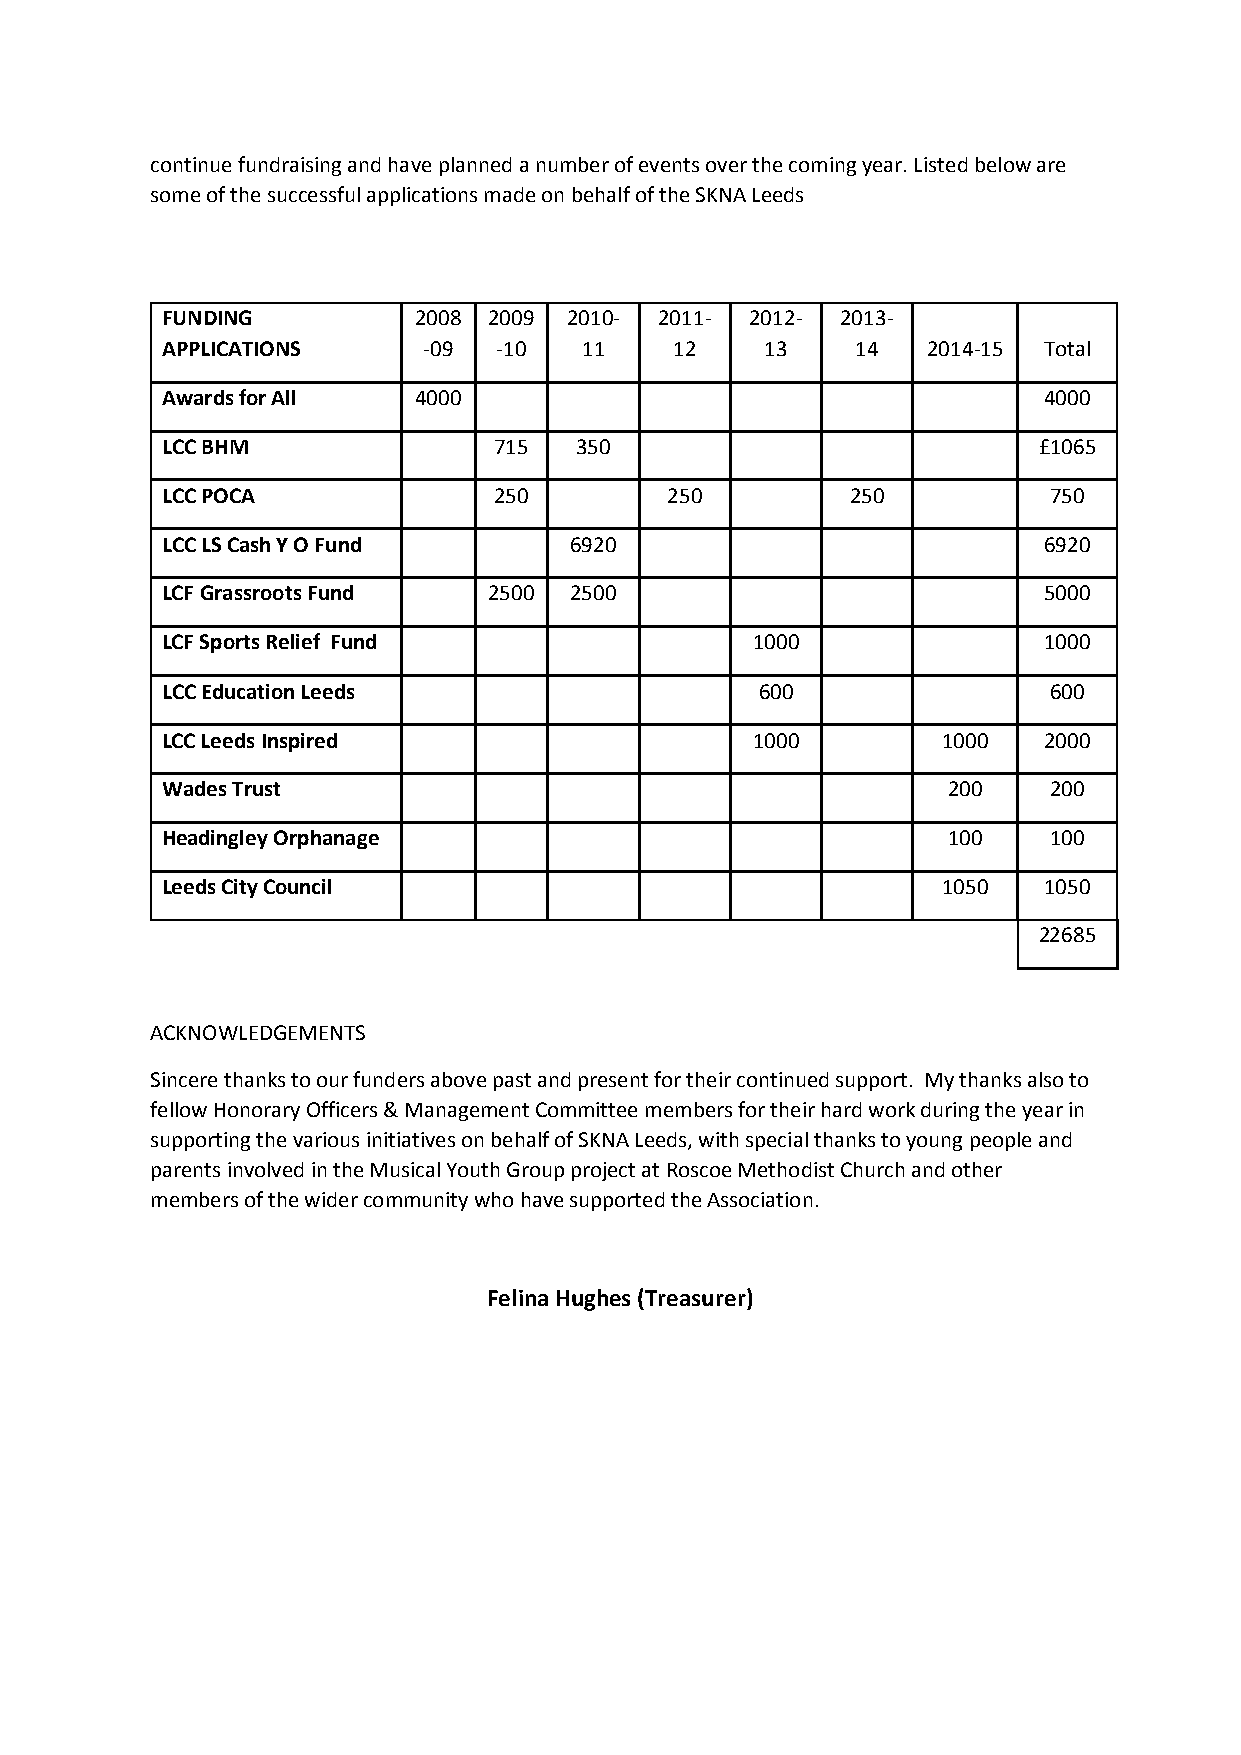
continue fundraising and have planned a number of events over the coming year. Listed below are
 some of the successful applications made on behalf of the SKNA Leeds
 FUNDING         2008 2009 2010-  2011- 2012- 2013-
 APPLICATIONS     -09  -10   11    12    13    14  2014-15 Total
 Awards for All  4000                                      4000
 LCC BHM               715  350                            £1065
 LCC POCA              250        250         250          750
 LCC LS Cash Y O Fund       6920                           6920
 LCF Grassroots Fund  2500  2500                           5000
 LCF Sports Relief Fund                 1000               1000
 LCC Education Leeds                    600                600
 LCC Leeds Inspired                     1000        1000   2000
 Wades Trust                                         200   200
 Headingley Orphanage                                100   100
 Leeds City Council                                 1050   1050
 22685
 ACKNOWLEDGEMENTS
 Sincere thanks to our funders above past and present for their continued support. My thanks also to
 fellow Honorary Officers & Management Committee members for their hard work during the year in
 supporting the various initiatives on behalf of SKNA Leeds, with special thanks to young people and
 parents involved in the Musical Youth Group project at Roscoe Methodist Church and other
 members of the wider community who have supported the Association.
 Felina Hughes (Treasurer)